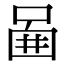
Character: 𠴿